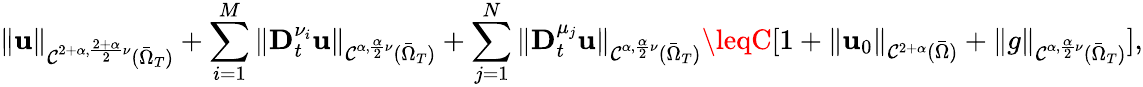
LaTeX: \| \mathbf{u}\| _{\mathcal{{C}}^{2+\alpha,\frac{{2+\alpha}}{{2}}\nu}(\bar{{\Omega}}_{T})}+\sum_{i=1}^{M}\| \mathbf{{D}}_{t}^{\nu_{i}}\mathbf{u}\| _{\mathcal{{C}}^{\alpha,\frac{{\alpha}}{{2}}\nu}(\bar{{\Omega}}_{T})}+\sum_{j=1}^{N}\| \mathbf{{D}}_{t}^{\mu_{j}}\mathbf{u}\| _{\mathcal{{C}}^{\alpha,\frac{{\alpha}}{{2}}\nu}(\bar{{\Omega}}_{T})}\leqC[1+\| \mathbf{u}_{0}\| _{\mathcal{{C}}^{2+\alpha}(\bar{{\Omega}})}+\| g\| _{\mathcal{{C}}^{\alpha,\frac{{\alpha}}{{2}}\nu}(\bar{{\Omega}}_{T})}],